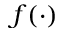
f ( \cdot )